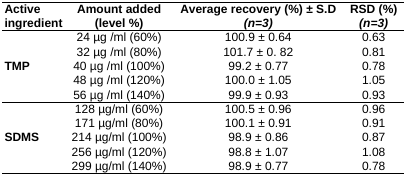
| Active ingredient | Amount added (level %) | Average recovery (%) ± S.D (n=3) | RSD (%) (n=3) |
 | --- | --- | --- | --- |
 | <ROWSPAN=5> TMP | 24 μg /ml (60%) | 100.9 ± 0.64 | 0.63 |
 | 32 μg /ml (80%) | 101.7 ± 0. 82 | 0.81 |
 | 40 μg /ml (100%) | 99.2 ± 0.77 | 0.78 |
 | 48 μg /ml (120%) | 100.0 ± 1.05 | 1.05 |
 | 56 μg /ml (140%) | 99.9 ± 0.93 | 0.93 |
 | <ROWSPAN=5> SDMS | 128 μg/ml (60%) | 100.5 ± 0.96 | 0.96 |
 | 171 μg/ml (80%) | 100.1 ± 0.91 | 0.91 |
 | 214 μg/ml (100%) | 98.9 ± 0.86 | 0.87 |
 | 256 μg/ml (120%) | 98.8 ± 1.07 | 1.08 |
 | 299 μg/ml (140%) | 98.9 ± 0.77 | 0.78 |